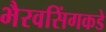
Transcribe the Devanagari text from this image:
भैरवसिंगकडे